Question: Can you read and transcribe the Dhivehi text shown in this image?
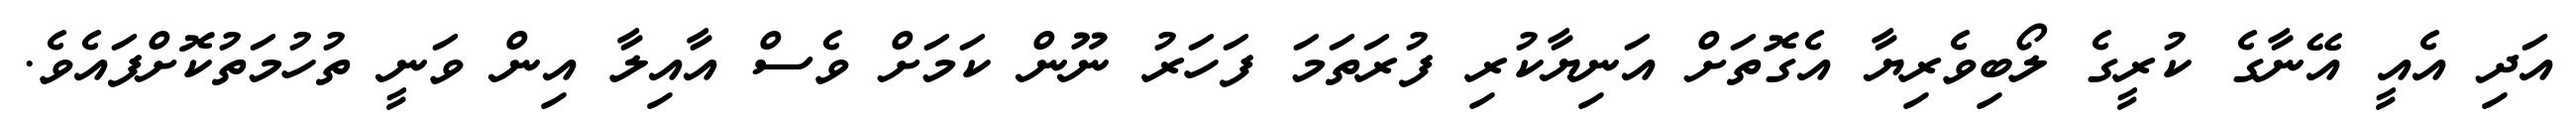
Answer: އަދި އެއީ އޭނާގެ ކުރީގެ ލޯބިވެރިޔާ އެގޮތަށް އަނިޔާކުރި ފުރަތަމަ ފަހަރު ނޫން ކަމަށް ވެސް އާއިލާ އިން ވަނީ ތުހުމަތުކޮށްފައެވެ.